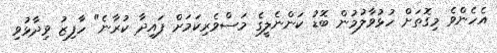
އެހެންވެ މިގޮތަށް ހުޅުވާލުމުން ބޮޑު ކަންނެލީގެ މަސްވެރިކަމަށް ފައިދާ ކުރާނެ" ހާފިޒު ވިދާޅުވި